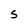
Character: S